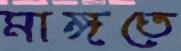
মাঙ্গতে